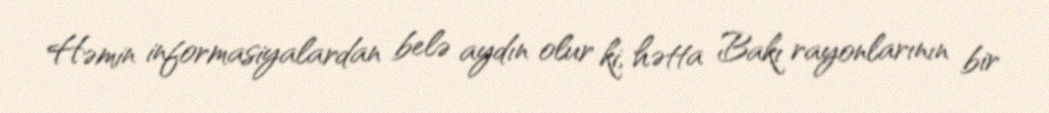
Həmin informasiyalardan belə aydın olur ki, hətta Bakı rayonlarının bir